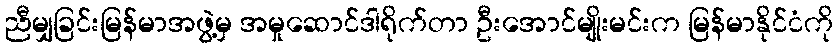
ညီမျှခြင်းမြန်မာအဖွဲ့မှ အမှုဆောင်ဒါရိုက်တာ ဦးအောင်မျိုးမင်းက မြန်မာနိုင်ငံကို